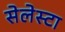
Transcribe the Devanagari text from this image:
सेलेस्टा